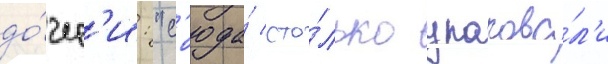
до́чер'и: "с'юда́ сто́лько упакова́л'и